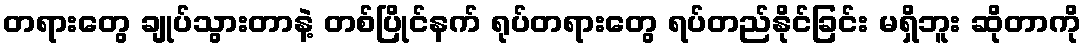
တရားတွေ ချုပ်သွားတာနဲ့ တစ်ပြိုင်နက် ရုပ်တရားတွေ ရပ်တည်နိုင်ခြင်း မရှိဘူး ဆိုတာကို